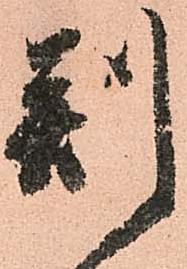
判